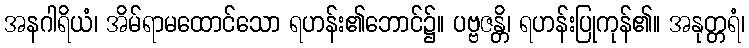
အနဂါရိယံ၊ အိမ်ရာမထောင်သော ရဟန်း၏ဘောင်၌။ ပဗ္ဗဇန္တိ၊ ရဟန်းပြုကုန်၏။ အနုတ္တရံ၊